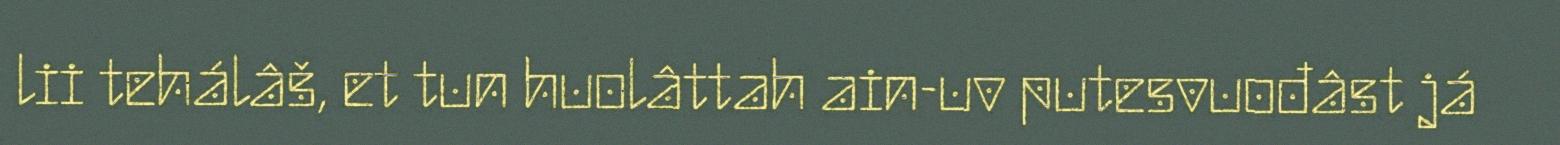
lii tehálâš, et tun huolâttah ain-uv putesvuođâst já